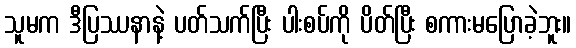
သူမက ဒီပြဿနာနဲ့ ပတ်သက်ပြီး ပါးစပ်ကို ပိတ်ပြီး စကားမပြောခဲ့ဘူး။